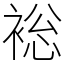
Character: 䙂